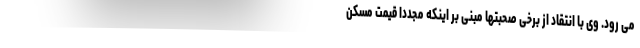
می رود. وی با انتقاد از برخی صحبتها مبنی بر اینکه مجددا قیمت مسکن